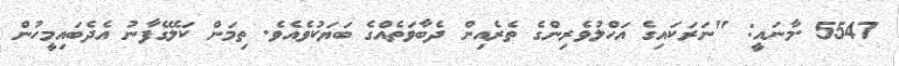
5547 .މާނައީ: "ނަރަކައިގެ އަހްލުވެރިންގެ ތެރެއިން ދެބާވަތެއްގެ ބަޔަކުވެއެވެ. ތިމަން ކަލޭގެފާނު އެދެބައިމީހުން